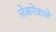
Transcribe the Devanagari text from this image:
लेकरेबाळे